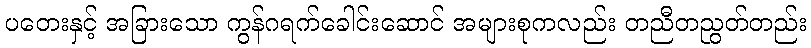
ပတေးနှင့် အခြားသော ကွန်ဂရက်ခေါင်းဆောင် အများစုကလည်း တညီတညွတ်တည်း